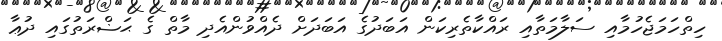
ހިތްހަމަޖެހުމާއި ސަލާމަތާއި ރައްކާތެރިކަން އަބަދުގެ އަބަދަށް ދެއްވުންއެދި މާތް ގެ ޙަޟްރަތުގައި ދުޢާ